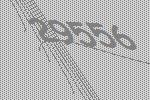
29556